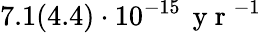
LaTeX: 7.1(4.4)\cdot 10^{-15}\, \mathrm{~y~r~}^{-1}